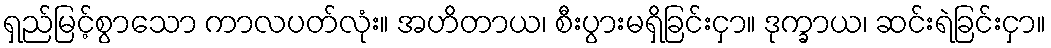
ရှည်မြင့်စွာသော ကာလပတ်လုံး။ အဟိတာယ၊ စီးပွားမရှိခြင်းငှာ။ ဒုက္ခာယ၊ ဆင်းရဲခြင်းငှာ။